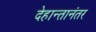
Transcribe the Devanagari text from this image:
देहान्तानंतर